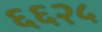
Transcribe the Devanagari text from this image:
६६२५